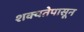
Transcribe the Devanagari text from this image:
शक्यतेपासून